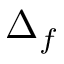
\Delta _ { f }